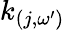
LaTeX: k_{(j,\omega^{\prime})}